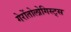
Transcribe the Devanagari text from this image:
गेरोंतोलोगिस्ट्स